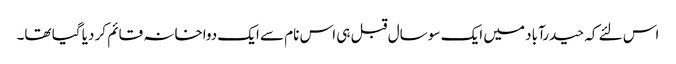
اس لئے کہ حیدرآباد میں ایک سو سال قبل ہی اس نام سے ایک دواخانہ قائم کر دیا گیا تھا۔